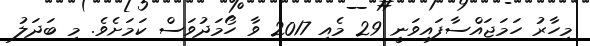
މިހާރު ހަމަޖައްސާފައިވަނީ 29 މެއި 2017 ވާ ހޯމަދުވަސް ކަމަށެވެ. މި ބަދަލު